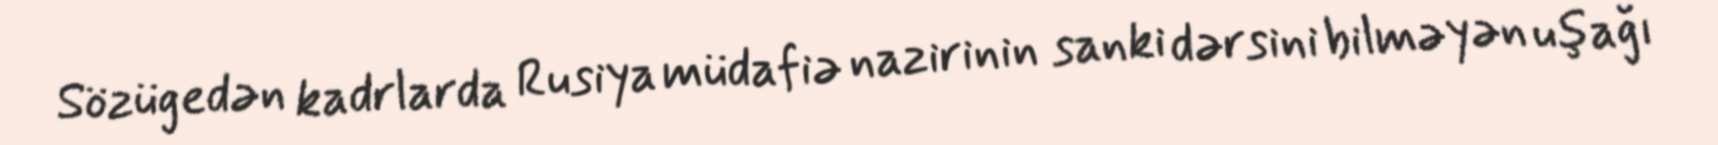
Sözügedən kadrlarda Rusiya müdafiə nazirinin sanki dərsini bilməyən uşağı